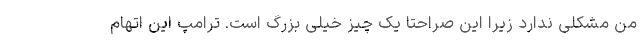
من مشکلی ندارد زیرا این صراحتا یک چیز خیلی بزرگ است. ترامپ این اتهام